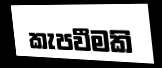
කැපවීමකි